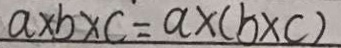
a \times b \times c = a \times ( b \times c )